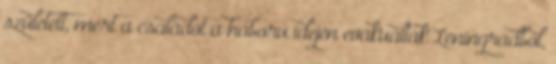
született, mert a családot a háború idején evakuálták Leningrádból,